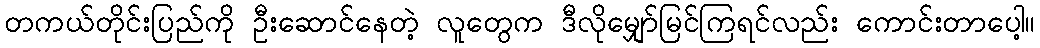
တကယ်တိုင်းပြည်ကို ဦးဆောင်နေတဲ့ လူတွေက ဒီလိုမျှော်မြင်ကြရင်လည်း ကောင်းတာပေါ့။